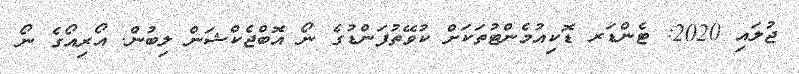
ޖުލައި 2020: ޓެންޑަރ ޑޮކިއުމެންޓުތަކަށް ކުވޭތުފަންޑުގެ ނޯ އޮބްޖެކްޝަން ލިބުން. އޯރިއޯގެ ނޯ